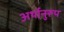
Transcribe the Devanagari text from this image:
अर्थानुरूप